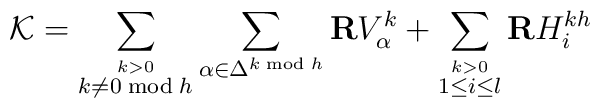
{\cal K}=\sum_{\stackrel{k>0}{k\neq 0 \bmod h}}\sum_{\alpha\in \Delta^{k\bmod h}} {\bf R}V_{\alpha}^{k}+\sum_{\stackrel{k>0}{1\leq i\leq l}}{\bf R}H_i^{kh}